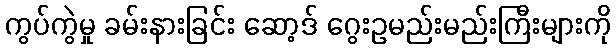
ကွပ်ကွဲမှု ခမ်းနားခြင်း ဆော့ဒ် ဂွေးဥမည်းမည်းကြီးများကို